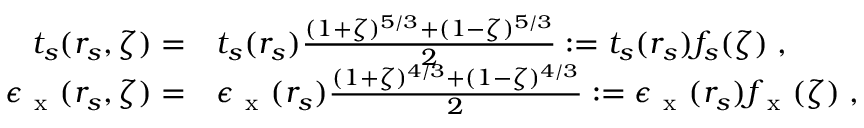
\begin{array} { r l } { t _ { s } ( r _ { s } , \zeta ) = } & { { } t _ { s } ( r _ { s } ) \frac { ( 1 + \zeta ) ^ { 5 / 3 } + ( 1 - \zeta ) ^ { 5 / 3 } } { 2 } : = t _ { s } ( r _ { s } ) f _ { s } ( \zeta ) \; , } \\ { \epsilon _ { \mathrm { ~ x ~ } } ( r _ { s } , \zeta ) = } & { { } \epsilon _ { \mathrm { ~ x ~ } } ( r _ { s } ) \frac { ( 1 + \zeta ) ^ { 4 / 3 } + ( 1 - \zeta ) ^ { 4 / 3 } } { 2 } : = \epsilon _ { \mathrm { ~ x ~ } } ( r _ { s } ) f _ { \mathrm { ~ x ~ } } ( \zeta ) \; , } \end{array}